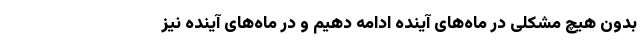
بدون هیچ مشکلی در ماه‌های آینده ادامه دهیم و در ماه‌های آینده نیز